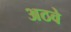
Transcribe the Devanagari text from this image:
अठवे